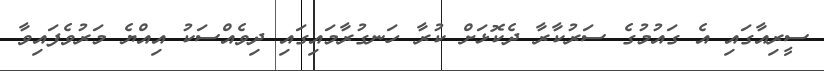
ސީރިއާގައި އެ ގައުމުގެ ސަރުކާރާ ދެކޮޅަށް ކުރާ ހަނގުރާމައިގައި ދިވެއްސަކު އިއްޔެ މަރުވެފައިވާ